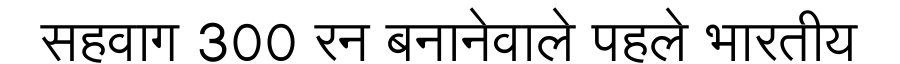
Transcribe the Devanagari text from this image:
सहवाग 300 रन बनानेवाले पहले भारतीय